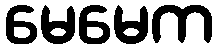
မေမေက